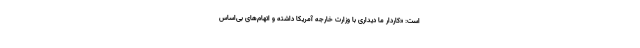
است: «کاردار ما دیداری با وزارت خارجه آمریکا داشته و اتهام‌های بی‌اساس